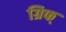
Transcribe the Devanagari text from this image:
ग्रिफ्